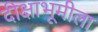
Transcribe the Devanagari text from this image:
दीक्षाभूमीला